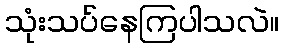
သုံးသပ်နေကြပါသလဲ။